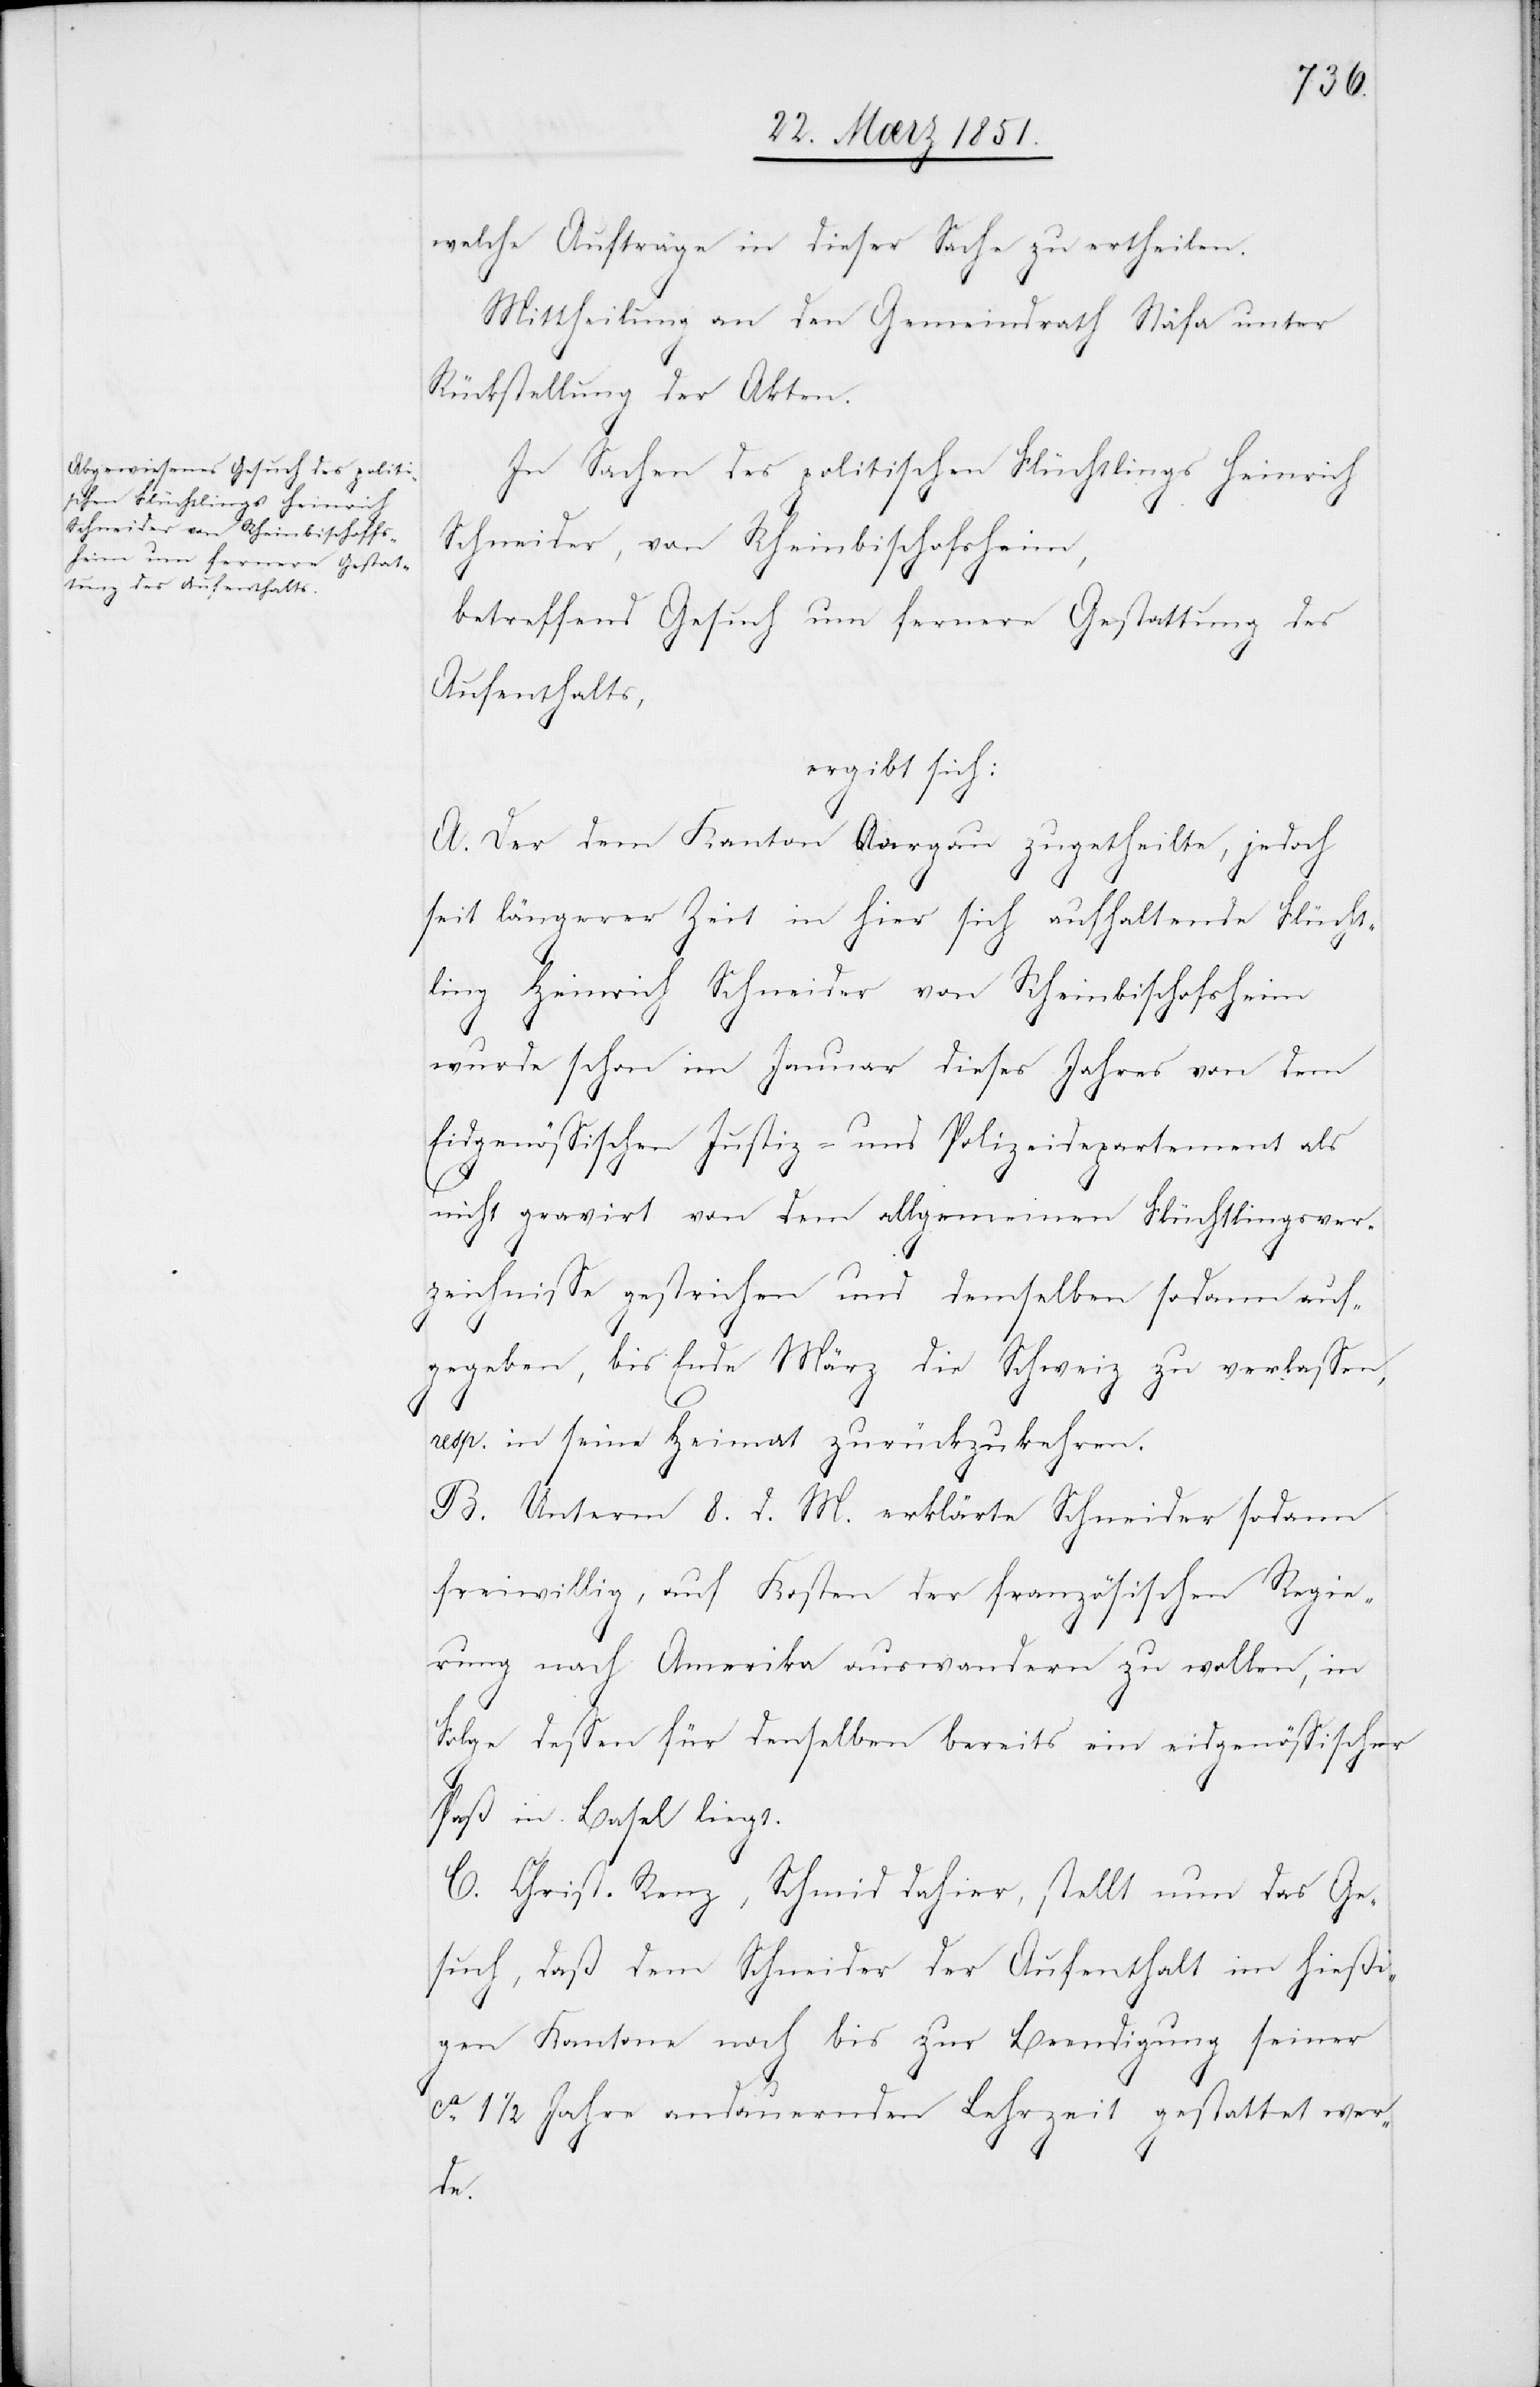
welche Aufträge in dieser Sache zu ertheilen.
Mittheilung an den Gemeindrath Stäfa unter
Rückstellung der Akten.
In Sachen des politischen Flüchtlings Heinrich
Schneider, von Rheinbischofsheim,
betreffend Gesuch um fernere Gestattung des
Aufenthalts,
ergibt sich:
A. Der dem Kanton Aargau zugetheilte, jedoch
seit längerer Zeit in hier sich aufhaltende Flücht¬
ling Heinrich Schneider von Rheinbischofsheim
wurde schon im Januar dieses Jahres von dem
Eidgenössischen Justiz- und Polizeidepartement als
nicht gravirt von dem allgemeinen Flüchtlingsver¬
zeichnisse gestrichen und demselben sodann auf¬
gegeben, bis Ende März die Schweiz zu verlassen,
resp. in seine Heimat zurückzukehren.
B. Unterm 8. d. M. erklärte Schneider sodann
freiwillig, auf Kosten der französischen Regie¬
rung nach Amerika auswandern zu wollen, in
Folge dessen für denselben bereits ein eidgenössischer
Paß in Basel liegt.
C. Christ. Renz, Schmid dahier, stellt nun das Ge¬
such, daß dem Schneider der Aufenthalt im hießi¬
gen Kantone noch bis zur Beendigung seiner
ca. 1 1/2 Jahre andauernden Lehrzeit gestattet wer¬
de.